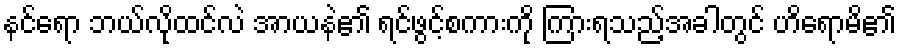
နင်ရော ဘယ်လိုထင်လဲ အာယနဲ၏ ရင်ဖွင့်စကားကို ကြားရသည့်အခါတွင် ဟိရောမိ၏